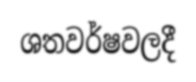
ශතවර්ෂවලදී